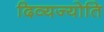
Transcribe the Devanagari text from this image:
दिव्यज्योति